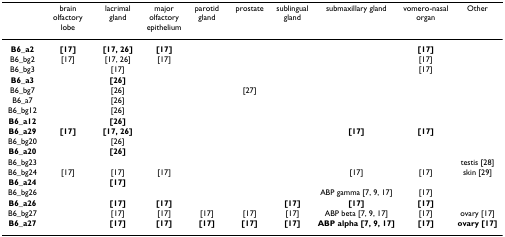
<table><thead><tr><td></td><td><b>brain olfactory lobe</b></td><td><b>lacrimal gland</b></td><td><b>major olfactory epithelium</b></td><td><b>parotid gland</b></td><td><b>prostate</b></td><td><b>sublingual gland</b></td><td><b>submaxillary gland</b></td><td><b>vomero-nasal organ</b></td><td><b>Other</b></td></tr></thead><tbody><tr><td><b>B6_a2</b></td><td><b>[17]</b></td><td><b>[17, 26]</b></td><td><b>[17]</b></td><td></td><td></td><td></td><td></td><td><b>[17]</b></td><td></td></tr><tr><td>B6_bg2</td><td>[17]</td><td>[17, 26]</td><td>[17]</td><td></td><td></td><td></td><td></td><td>[17]</td><td></td></tr><tr><td>B6_bg3</td><td></td><td>[17]</td><td></td><td></td><td></td><td></td><td></td><td>[17]</td><td></td></tr><tr><td><b>B6_a3</b></td><td></td><td><b>[26]</b></td><td></td><td></td><td></td><td></td><td></td><td></td><td></td></tr><tr><td>B6_bg7</td><td></td><td>[26]</td><td></td><td></td><td>[27]</td><td></td><td></td><td></td><td></td></tr><tr><td>B6_a7</td><td></td><td>[26]</td><td></td><td></td><td></td><td></td><td></td><td></td><td></td></tr><tr><td>B6_bg12</td><td></td><td>[26]</td><td></td><td></td><td></td><td></td><td></td><td></td><td></td></tr><tr><td><b>B6_a12</b></td><td></td><td><b>[26]</b></td><td></td><td></td><td></td><td></td><td></td><td></td><td></td></tr><tr><td><b>B6_a29</b></td><td><b>[17]</b></td><td><b>[17, 26]</b></td><td></td><td></td><td></td><td></td><td><b>[17]</b></td><td><b>[17]</b></td><td></td></tr><tr><td>B6_bg20</td><td></td><td>[26]</td><td></td><td></td><td></td><td></td><td></td><td></td><td></td></tr><tr><td><b>B6_a20</b></td><td></td><td><b>[26]</b></td><td></td><td></td><td></td><td></td><td></td><td></td><td></td></tr><tr><td>B6_bg23</td><td></td><td></td><td></td><td></td><td></td><td></td><td></td><td></td><td>testis [28]</td></tr><tr><td>B6_bg24</td><td>[17]</td><td>[17]</td><td>[17]</td><td></td><td></td><td></td><td>[17]</td><td>[17]</td><td>skin [29]</td></tr><tr><td><b>B6_a24</b></td><td></td><td><b>[17]</b></td><td></td><td></td><td></td><td></td><td></td><td></td><td></td></tr><tr><td>B6_bg26</td><td></td><td></td><td></td><td></td><td></td><td></td><td>ABP gamma [7, 9, 17]</td><td>[17]</td><td></td></tr><tr><td><b>B6_a26</b></td><td></td><td><b>[17]</b></td><td><b>[17]</b></td><td></td><td></td><td><b>[17]</b></td><td><b>[17]</b></td><td><b>[17]</b></td><td></td></tr><tr><td>B6_bg27</td><td></td><td>[17]</td><td>[17]</td><td>[17]</td><td>[17]</td><td>[17]</td><td>ABP beta [7, 9, 17]</td><td>[17]</td><td>ovary [17]</td></tr><tr><td><b>B6_a27</b></td><td></td><td><b>[17]</b></td><td><b>[17]</b></td><td><b>[17]</b></td><td><b>[17]</b></td><td><b>[17]</b></td><td><b>ABP alpha [7, 9, 17]</b></td><td><b>[17]</b></td><td><b>ovary [17]</b></td></tr></tbody></table>